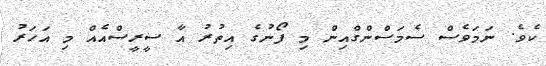
ކެވެ. ނަމަވެސް ސެމަސްންގްއިން މި ފޯނުގެ އިތުރު އާ ސީރީސްއެއް މި އަހަރު